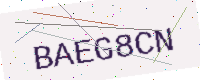
Text: BAEG8CN